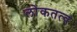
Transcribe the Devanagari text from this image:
लोकतत्‍व